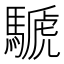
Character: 𩤽